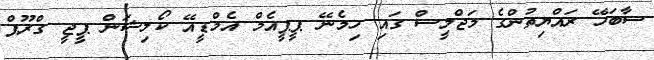
ސާބަހޭ ރައްޔިތުންގެ މަޖްލީސް ގައި ހިމެނޭ ޕީޕީއެމް އެމްޑީއޭ ކޯލިޝަން ޕީޖީ ގްރޫޕް